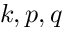
k , p , q